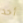
أحد